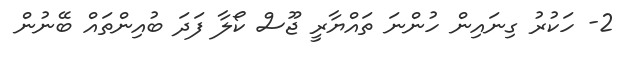
2- ހަކުރު ގިނައިން ހުންނަ ތައްޔާރީ ޖޫސް ކޯލާ ފަދަ ބުއިންތައް ބޭނުން